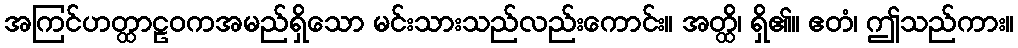
အကြင်ဟတ္ထာဠဝကအမည်ရှိသော မင်းသားသည်လည်းကောင်း။ အတ္ထိ၊ ရှိ၏။ ဧတံ၊ ဤသည်ကား။